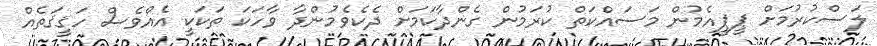
ލަސްކުރުމަށް ޕީޕީއެމުން މަސައްކަތް ކުރަމުން ގެންދާކަމަށް ދެކެވެމުންދާ ވާހަކަ ތަކަކީ އެއްވެސް ހަޤީޤަތެއް